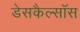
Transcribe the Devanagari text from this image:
डेसकैल्सॉस